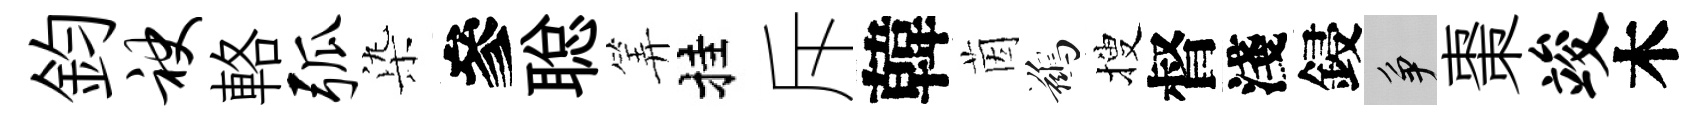
鈞袂輅弧𣑱參聪筭挂斥韓茵鷀搜督淺鋟争棗竣木